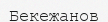
Бекежанов